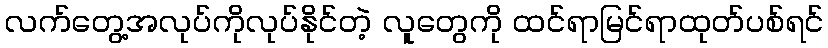
လက်တွေ့အလုပ်ကိုလုပ်နိုင်တဲ့ လူတွေကို ထင်ရာမြင်ရာထုတ်ပစ်ရင်